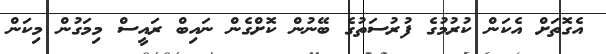
އެގޮތަށް އެކަން ކުރުމުގެ ފުރުސަތުގެ ބޭނުން ކޮށްގެން ނައިބް ރައީސް މިމަގުން މިކަން